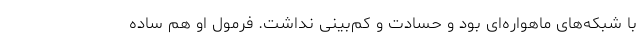
با شبکه‌های ماهواره‌ای بود و حسادت و کم‌بینی نداشت. فرمول او هم ساده